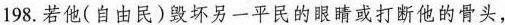
198.若他(自由民)毁坏另一平民的眼睛或打断他的骨头，